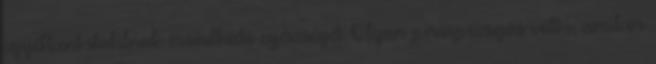
egyébként stabilnak mondható egészségét. Olyan pirospozsgás volt ı, amikor